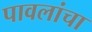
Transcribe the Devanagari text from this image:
पावलांचा